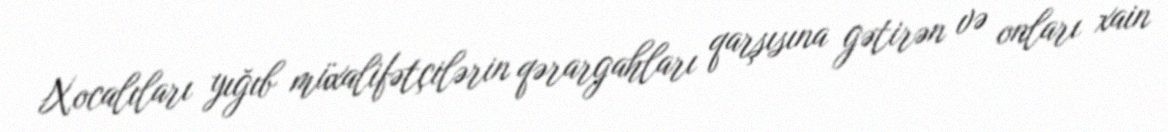
Xocalıları yığıb müxalifətçilərin qərargahları qarşısına gətirən və onları xain